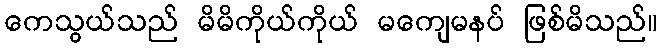
ကေသွယ်သည် မိမိကိုယ်ကိုယ် မကျေမနပ် ဖြစ်မိသည်။